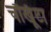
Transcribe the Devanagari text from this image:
चौखूँटा